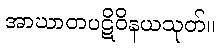
အာဃာတပဋိဝိနယသုတ်။